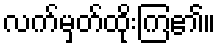
လက်မှတ်ထိုးကြ၏။